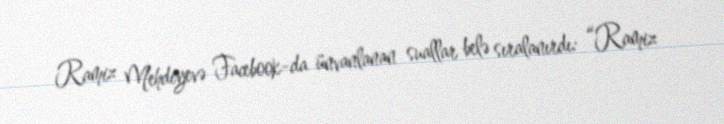
Ramiz Mehdiyevə Facebook-da ünvanlanan suallar belə sıralanırdı: “Ramiz